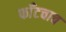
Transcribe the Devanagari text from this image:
फाँटचाच